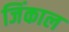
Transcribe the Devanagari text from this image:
जिंकाल